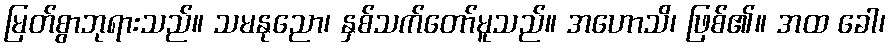
မြတ်စွာဘုရားသည်။ သမနုညော၊ နှစ်သက်တော်မူသည်။ အဟောသိ၊ ဖြစ်၏။ အထ ခေါ၊